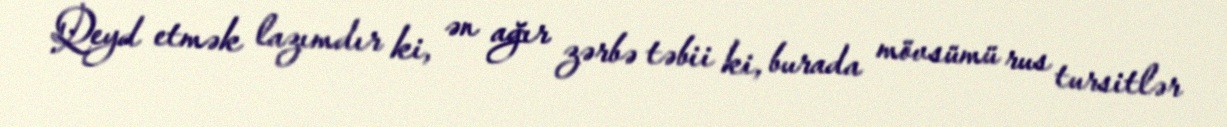
Qeyd etmək lazımdır ki, ən ağır zərbə təbii ki, burada mövsümü rus tursitlər